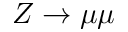
Z \to \mu \mu